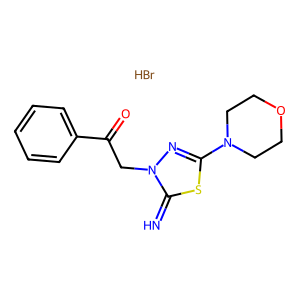
SMILES: Br.N=c1sc(N2CCOCC2)nn1CC(=O)c1ccccc1
Inhibits HIV replication: No